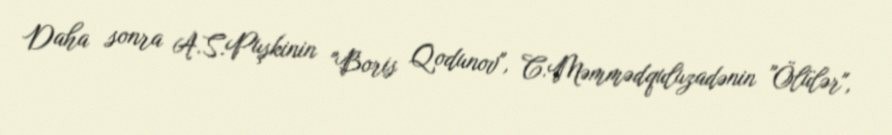
Daha sonra A.S.Puşkinin "Boris Qodunov", C.Məmmədquluzadənin "Ölülər",